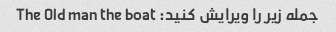
جمله زیر را ویرایش کنید: The Old man the boat